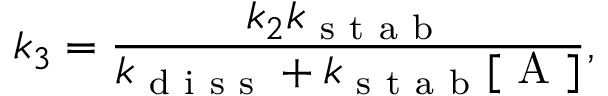
k _ { 3 } = \frac { k _ { 2 } k _ { \mathrm { ~ s ~ t ~ a ~ b ~ } } } { k _ { \mathrm { ~ d ~ i ~ s ~ s ~ } } + k _ { \mathrm { ~ s ~ t ~ a ~ b ~ } } [ \mathrm { ~ A ~ } ] } ,